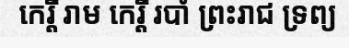
កេរ្តិ៍ រាម កេរ្តិ៍ របាំ ព្រះរាជ ទ្រព្យ